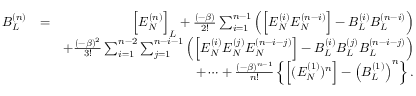
\begin{array} { r l r } { B _ { L } ^ { ( n ) } } & { = } & { \Big [ E _ { N } ^ { ( n ) } \Big ] _ { L } + \frac { ( - \beta ) } { 2 ! } \sum _ { i = 1 } ^ { n - 1 } \left( \Big [ E _ { N } ^ { ( i ) } E _ { N } ^ { ( n - i ) } \Big ] - B _ { L } ^ { ( i ) } B _ { L } ^ { ( n - i ) } \right) } \\ & { } & { + \frac { ( - \beta ) ^ { 2 } } { 3 ! } \sum _ { i = 1 } ^ { n - 2 } \sum _ { j = 1 } ^ { n - i - 1 } \left( \Big [ E _ { N } ^ { ( i ) } E _ { N } ^ { ( j ) } E _ { N } ^ { ( n - i - j ) } \Big ] - B _ { L } ^ { ( i ) } B _ { L } ^ { ( j ) } B _ { L } ^ { ( n - i - j ) } \right) } \\ & { } & { + \cdots + \frac { ( - \beta ) ^ { n - 1 } } { n ! } \left\{ \Big [ ( E _ { N } ^ { ( 1 ) } ) ^ { n } \Big ] - \left( B _ { L } ^ { ( 1 ) } \right) ^ { n } \right\} . } \end{array}